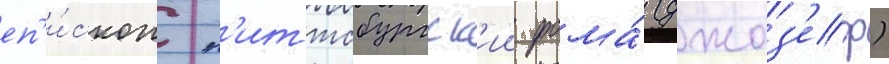
еп'и́скоп п'иттсбургск'ии фома́ (джоз'еф)